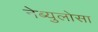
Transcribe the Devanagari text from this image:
नेब्युलोसा